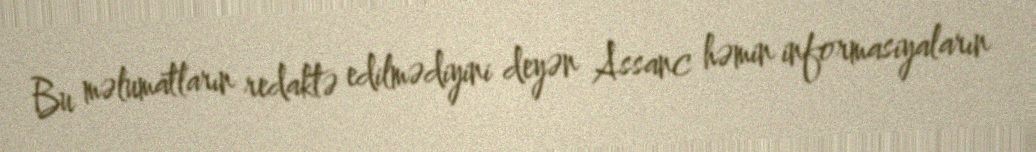
Bu məlumatların redaktə edilmədiyini deyən Assanc həmin informasiyaların